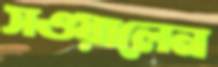
সওয়ালেন